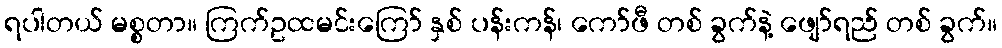
ရပါတယ် မစ္စတာ။ ကြက်ဥထမင်းကြော် နှစ် ပန်းကန်၊ ကော်ဖီ တစ် ခွက်နဲ့ ဖျော်ရည် တစ် ခွက်။